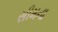
સીમના